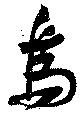
烏